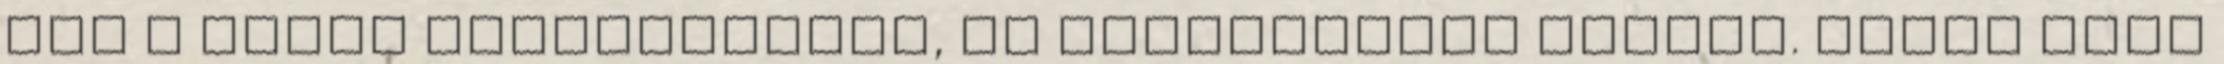
mit ő adott ellenfelének, az tökéletesen talált. Olyan volt